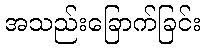
အသည်းခြောက်ခြင်း